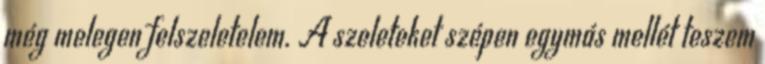
még melegen felszeletelem. A szeleteket szépen egymás mellét teszem